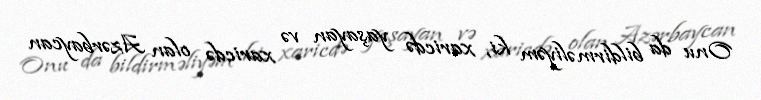
Onu da bildirməliyəm ki, xaricdə yaşayan və xaricdə olan Azərbaycan